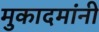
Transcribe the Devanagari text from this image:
मुकादमांनी